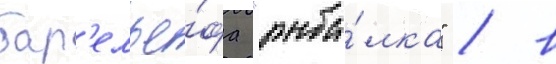
бар'елье́фа "рыба́лка" / в